Report on vaccination in the Province of Bengal - 1874-1889
Year: 1874
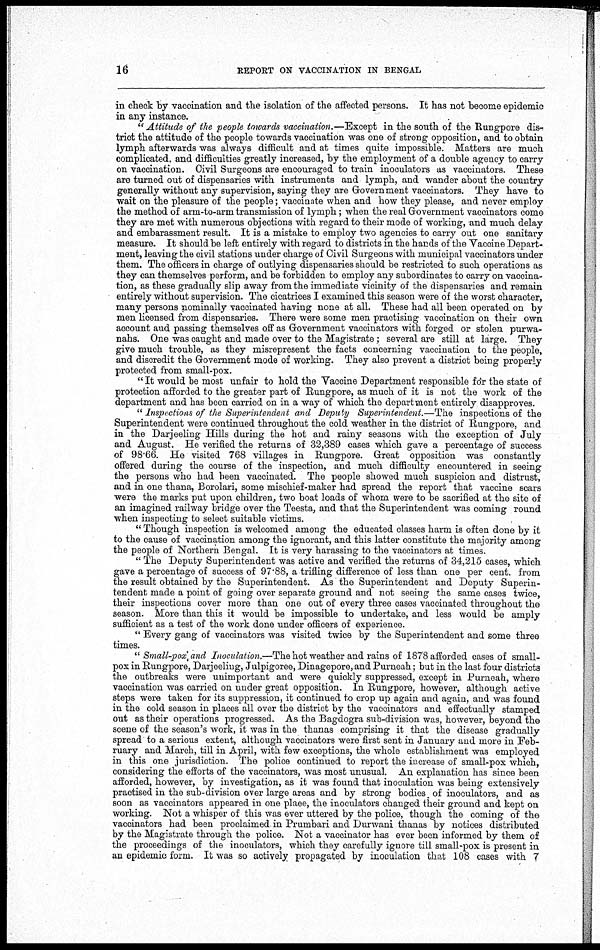
16
REPORT ON VACCINATION IN BENGAL
in check by vaccination and the isolation of the affected persons. It has not become epidemic
in any instance.
" Attitude of the people towards vaccination.—Except in the south of the Rungpore dis-
trict the attitude of the people towards vaccination was one of strong opposition, and to obtain
lymph afterwards was always difficult and at times quite impossible. Matters are much
complicated, and difficulties greatly increased, by the employment of a double agency to carry
on vaccination. Civil Surgeons are encouraged to train inoculators as vaccinators. These
are turned out of dispensaries with instruments and lymph, and wander about the country
generally without any supervision, saying they are Government vaccinators. They have to
wait on the pleasure of the people; vaccinate when and how they please, and never employ
the method of arm-to-arm transmission of lymph; when the real Government vaccinators come
they are met with numerous objections with regard to their mode of working, and much delay
and embarassment result. It is a mistake to employ two agencies to carry out one sanitary
measure. It should be left entirely with regard to districts in the hands of the Vaccine Depart-
ment, leaving the civil stations under charge of Civil Surgeons with municipal vaccinators under
them. The officers in charge of outlying dispensaries should be restricted to such operations as
they can themselves perform, and be forbidden to employ any subordinates to carry on vaccina-
tion, as these gradually slip away from the immediate vicinity of the dispensaries and remain
entirely without supervision. The cicatrices I examined this season were of the worst character,
many persons nominally vaccinated having none at all. These had all been operated on by
men licensed from dispensaries. There were some men practising vaccination on their own
account and passing themselves off as Government vaccinators with forged or stolen purwa-
nahs. One was caught and made over to the Magistrate; several are still at large. They
give much trouble, as they misrepresent the facts concerning vaccination to the people,
and discredit the Government mode of working. They also prevent a district being properly
protected from small-pox.
" It would be most unfair to hold the Vaccine Department responsible for the state of
protection afforded to the greater part of Rungpore, as much of it is not the work of the
department and has been carried on in a way of which the department entirely disapproves.
" Inspections of the Superintendent and Deputy Superintendent.—The inspections of the
Superintendent were continued throughout the cold weather in the district of Rungpore, and
in the Darjeeling Hills during the hot and rainy seasons with the exception of July
and August. He verified the returns of 32,389 cases which gave a percentage of success
of 98.66. He visited 768 villages in Rungpore. Great opposition was constantly
offered during the course of the inspection, and much difficulty encountered in seeing
the persons who had been vaccinated. The people showed much suspicion and distrust,
and in one thana, Borolari, some mischief-maker had spread the report that vaccine scars
were the marks put upon children, two boat loads of whom were to be sacrified at the site of
an imagined railway bridge over the Teesta, and that the Superintendent was coming round
when inspecting to select suitable victims.
" Though inspection is welcomed among the educated classes harm is often done by it
to the cause of vaccination among the ignorant, and this latter constitute the majority among
the people of Northern Bengal. It is very harassing to the vaccinators at times.
" The Deputy Superintendent was active and verified the returns of 34,215 cases, which
gave a percentage of success of 97.88, a trifling difference of less than one per cent. from
the result obtained by the Superintendent. As the Superintendent and Deputy Superin-
tendent made a point of going over separate ground and not seeing the same cases twice,
their inspections cover more than one out of every three cases vaccinated throughout the
season. More than this it would be impossible to undertake, and less would be amply
sufficient as a test of the work done under officers of experience.
" Every gang of vaccinators was visited twice by the Superintendent and some three
times.
" Small-pox and Inoculation.—The hot weather and rains of 1878 afforded cases of small-
pox in Rungpore, Darjeeling, Julpigoree, Dinagepore, and Purneah; but in the last four districts
the outbreaks were unimportant and were quickly suppressed, except in Purneah, where
vaccination was carried on under great opposition. In Rungpore, however, although active
steps were taken for its suppression, it continued to crop up again and again, and was found
in the cold season in places all over the district by the vaccinators and effectually stamped
out as their operations progressed. As the Bagdogra sub-division was, however, beyond the
scene of the season's work, it was in the thanas comprising it that the disease gradually
spread to a serious extent, although vaccinators were first sent in January and more in Feb-
ruary and March, till in April, with few exceptions, the whole establishment was employed
in this one jurisdiction. The police continued to report the increase of small-pox which,
considering the efforts of the vaccinators, was most unusual. An explanation has since been
afforded, however, by investigation, as it was found that inoculation was being extensively
practised in the sub-division over large areas and by strong bodies, of inoculators, and as
soon as vaccinators appeared in one plaee, the inoculators changed their ground and kept on
working. Not a whisper of this was ever uttered by the police, though the coming of the
vaccinators had been proclaimed in Prumbari and Durwani thanas by notices distributed
by the Magistrate through the police. Not a vaccinator has ever been informed by them of
the proceedings of the inoculators, which they carefully ignore till small-pox is present in
an epidemic form. It was so actively propagated by inoculation that 108 cases with 7